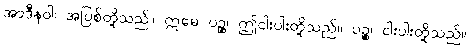
အာဒီနဝါ၊ အပြစ်တို့သည်။ ဣမေ ပဉ္စ၊ ဤငါးပါးတို့သည်။ ပဉ္စ၊ ငါးပါးတို့သည်။